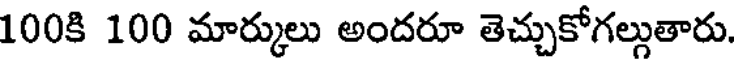
100కి 100 మార్కులు అందరూ తెచ్చుకోగల్లుతారు.